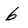
Character: 6